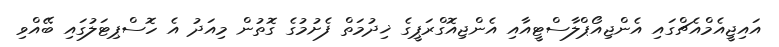
އައިޖީއެމްއެޗްގައި އެންޖިއޯޕްލާސްޓީއާއި އެންޖިއޮގްރަޕީގެ ޚިދުމަތް ފެށުމުގެ ގޮތުން މިއަދު އެ ހޮސްޕިޓަލުގައި ބޭއްވި